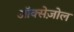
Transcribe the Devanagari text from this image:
ऑक्सेज़ोल